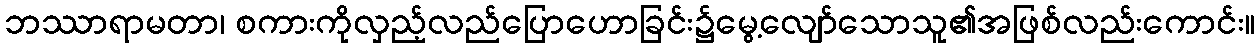
ဘဿာရာမတာ၊ စကားကိုလှည့်လည်ပြောဟောခြင်း၌မွေ့လျော်သောသူ၏အဖြစ်လည်းကောင်း။